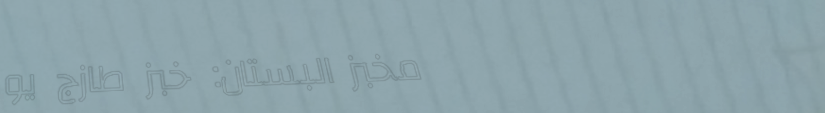
مخبز البستان: خبز طازج يو